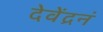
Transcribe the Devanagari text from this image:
देवेंद्रनं